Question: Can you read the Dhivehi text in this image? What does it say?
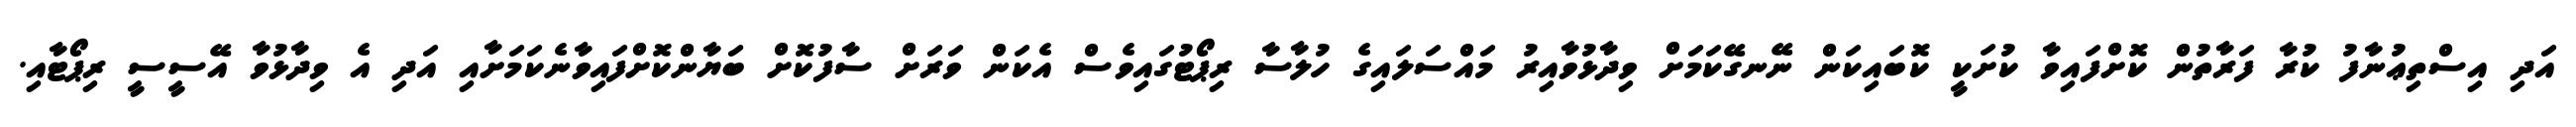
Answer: އަދި އިސްތިޢުނާފު ކުރާ ފަރާތުން ކޮށްފައިވާ ކުށަކީ ކޮބައިކަން ނޭނގޭކަމަށް ވިދާޅުވާއިރު މައްސަލައިގެ ހުލާސާ ރިޕޯޓުގައިވެސް އެކަން ވަރަށް ސާފުކޮށް ބަޔާންކޮށްފައިވާނެކަމަށާއި އަދި އެ ވިދާޅުވާ އޭސީސީ ރިޕޯޓާއި.